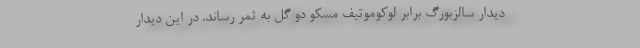
دیدار سالزبورگ برابر لوکوموتیف مسکو دو گل به ثمر رساند. در این دیدار